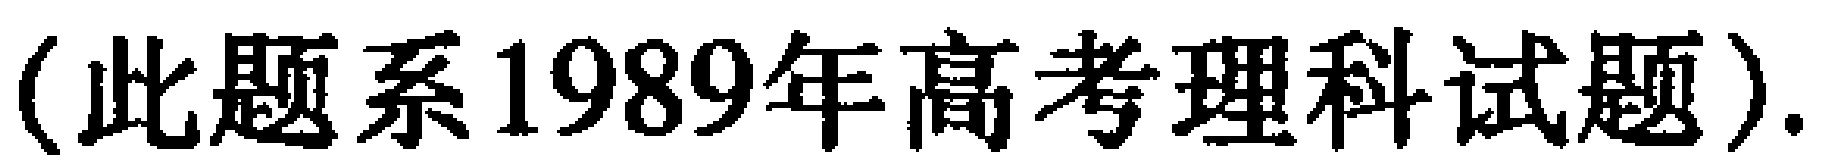
（此题系1989年高考理科试题）.